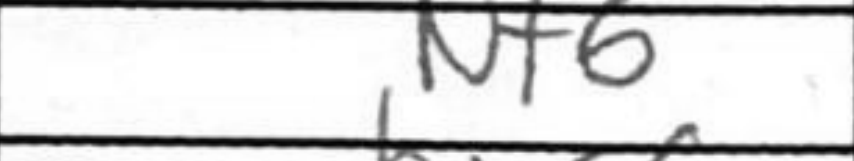
Transcription: Nf6